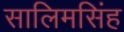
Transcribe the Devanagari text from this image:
सालिमसिंह